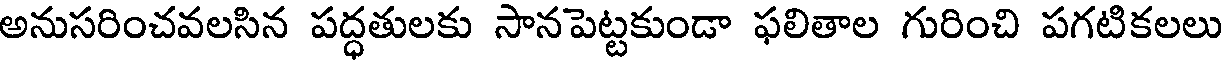
అనుసరించవలసిన పద్ధతులకు సానపెట్టకుండా ఫలితాల గురించి పగటికలలు